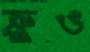
ক্রুও